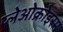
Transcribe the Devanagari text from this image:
प्लेओक्रोइस्म